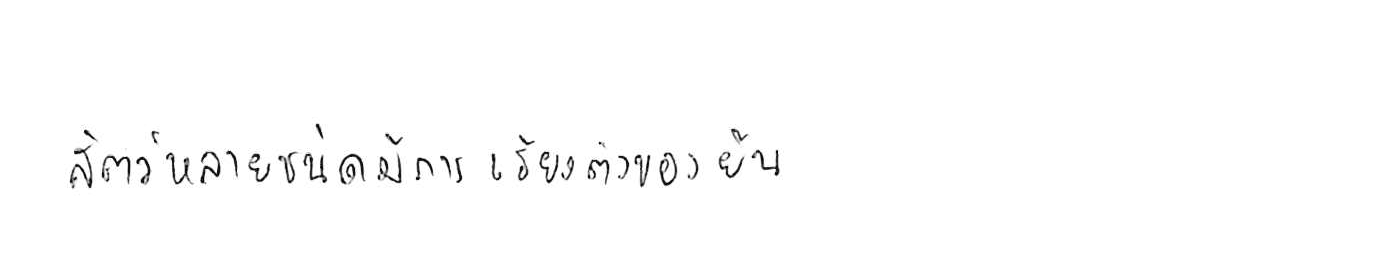
สัตว์หลายชนิดมีการเรียงตัวของยีน